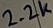
Text: 2.2K